Cholera in India, 1862 to 1881
Year: 1862
Disease focus: Cholera
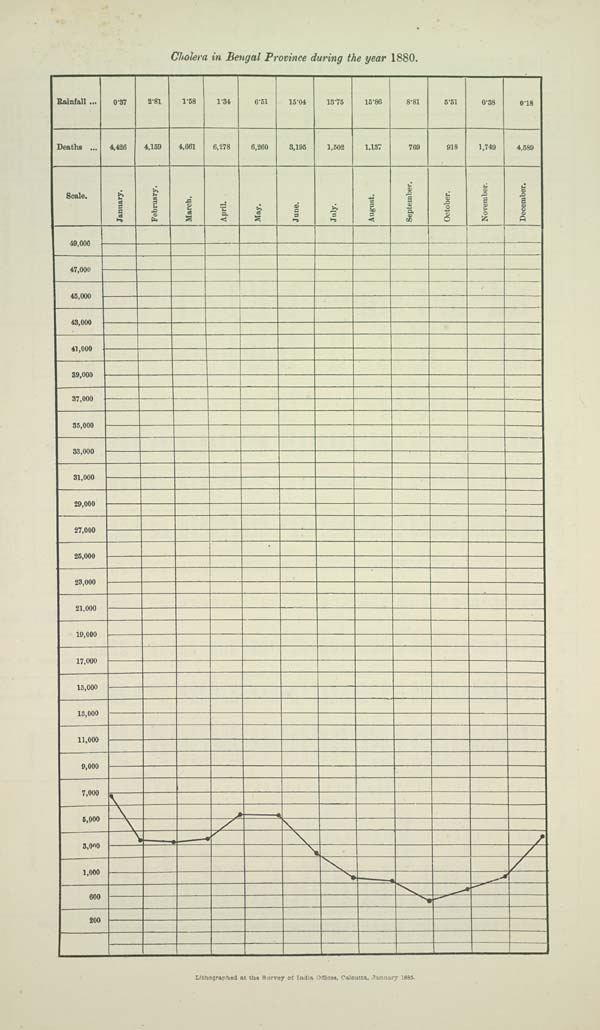
Cholera in Bengal Province during the year 1880.
Lithographed at the Survey of India Offices, Calcutta, January 1885.